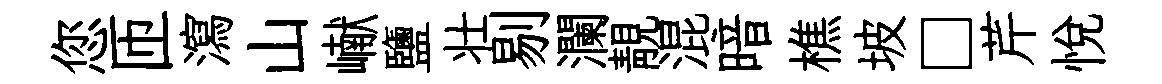
您匝瀉山𪩘鹽壮剔瀾靚混暗樵坡□芹悦